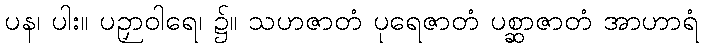
ပန၊ ပါး။ ပဉှာဝါရေ၊ ၌။ သဟဇာတံ ပုရေဇာတံ ပစ္ဆာဇာတံ အာဟာရံ